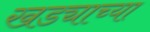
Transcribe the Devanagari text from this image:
खड्याच्या